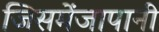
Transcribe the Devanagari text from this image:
जिसमेंजापानी